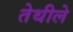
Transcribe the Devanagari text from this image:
तेथीले